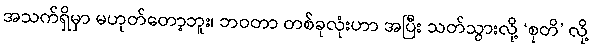
အသက်ရှိမှာ မဟုတ်တော့ဘူး၊ ဘဝတာ တစ်ခုလုံးဟာ အပြီး သတ်သွားလို့ ‘စုတိ’ လို့